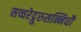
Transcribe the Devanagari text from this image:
सच्चरेद्गुरुसन्निधौ